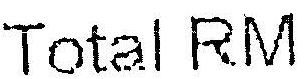
TOTAL RM